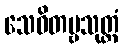
သေဝိတဗ္ဗသုတ္တံ